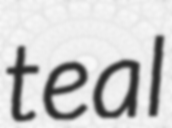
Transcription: teal